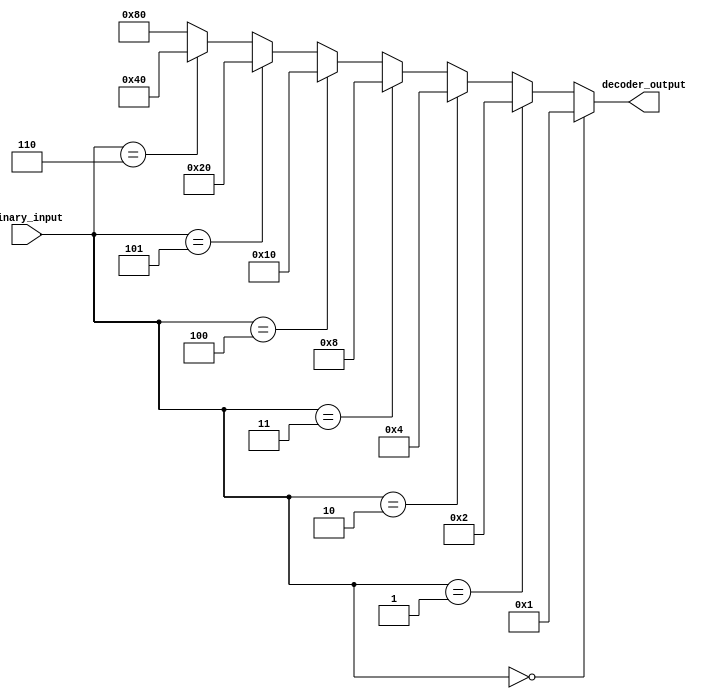
module octal_decoder(
    input [2:0] binary_input,
    output [7:0] decoder_output
);

assign decoder_output = (binary_input == 3'b000) ? 8'b00000001 :
                         (binary_input == 3'b001) ? 8'b00000010 :
                         (binary_input == 3'b010) ? 8'b00000100 :
                         (binary_input == 3'b011) ? 8'b00001000 :
                         (binary_input == 3'b100) ? 8'b00010000 :
                         (binary_input == 3'b101) ? 8'b00100000 :
                         (binary_input == 3'b110) ? 8'b01000000 :
                                                    8'b10000000;

endmodule